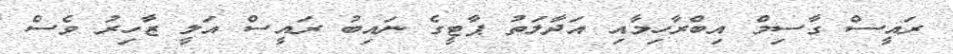
ރައީސް ގާސިމް އިބްރާހިމާއި އަދާލަތު ޕާޓީގެ ނައިބު ރައީސް އަލީ ޒާހިރު ވެސް